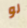
لو